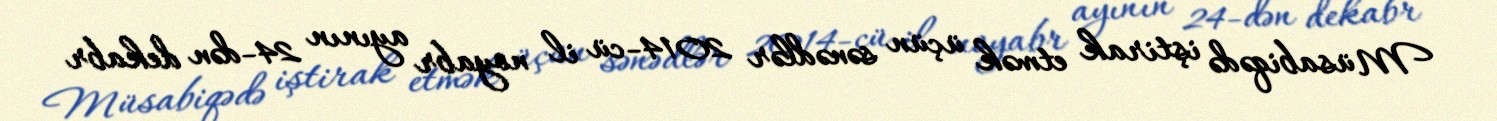
Müsabiqədə iştirak etmək üçün sənədlər 2014-cü il noyabr ayının 24-dən dekabr